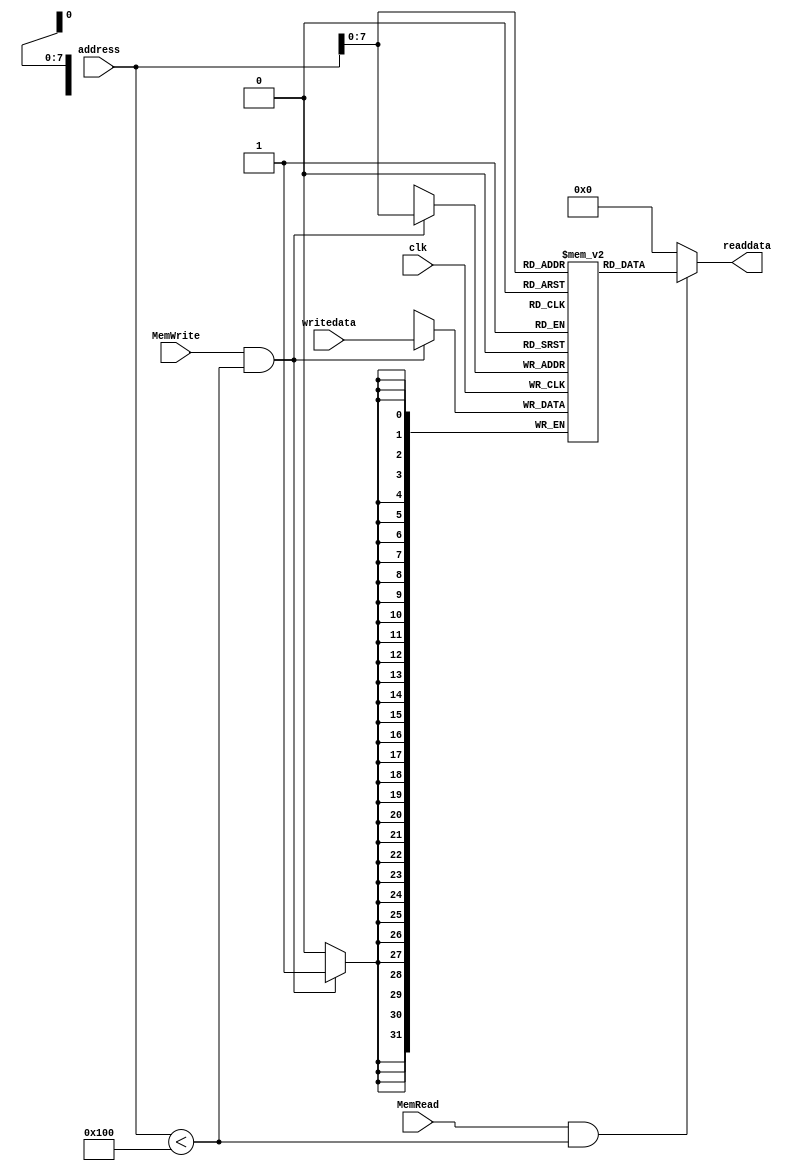
module DataMemory (clk, address, MemWrite, MemRead, writedata, readdata);

input clk, MemWrite, MemRead;
input [31:0] address, writedata;

output [31:0] readdata;


parameter RAM_SIZE = 256;
reg [31:0] RAMDATA [RAM_SIZE-1:0];

assign readdata=(MemRead && (address < RAM_SIZE))? RAMDATA[address] : 32'b0;

always@(posedge clk) begin
  if(MemWrite && (address < RAM_SIZE)) RAMDATA[address]<=writedata;
end
endmodule